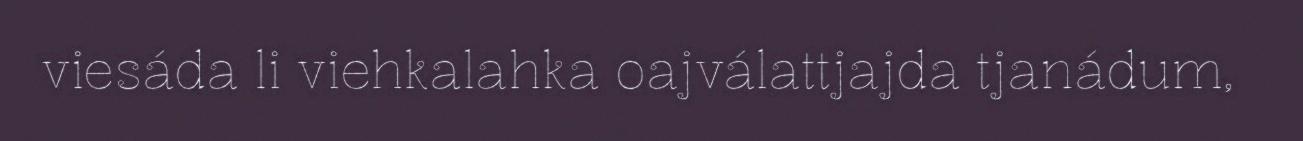
viesáda li viehkalahka oajválattjajda tjanádum,